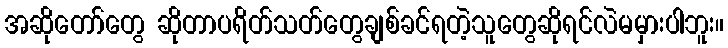
အဆိုတော်တွေ ဆိုတာပရိတ်သတ်တွေချစ်ခင်ရတဲ့သူတွေဆိုရင်လဲမမှားပါဘူး။